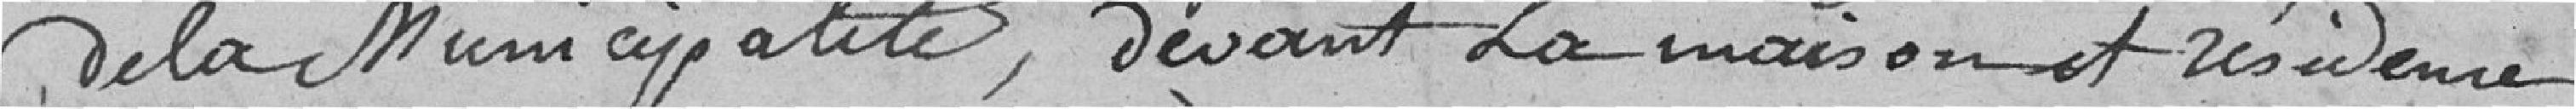
de la Municipalité, devant maison et résidence